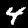
Label: 4